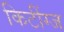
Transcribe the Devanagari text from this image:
किटींग्ज